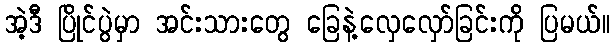
အဲ့ဒီ ပြိုင်ပွဲမှာ အင်းသားတွေ ခြေနဲ့လှေလှော်ခြင်းကို ပြမယ်။